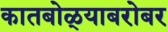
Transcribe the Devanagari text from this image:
कातबोळ्याबरोबर